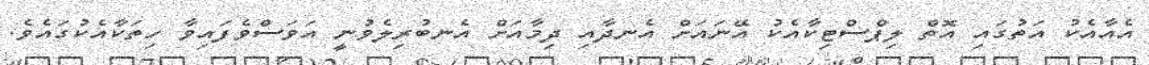
އެއާއެކު އަތުގައި އޮތް ލިޕްސްޓިކާއެކު އޭނައަށް އެނދާއި ދިމާއަށް އެނބުރިލެވުނީ އަވަސްވެފައިވާ ހިތަކާއެކުގައެވެ.